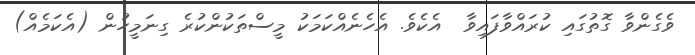
ވެގެންވާ ގޮތުގައި ކުރައްވާފައިވާ  އެކެވެ. އެހެނެއްކަމަކު މީސްތަކުންކުރެ ގިނަމީހުން (އެކަމެއް)